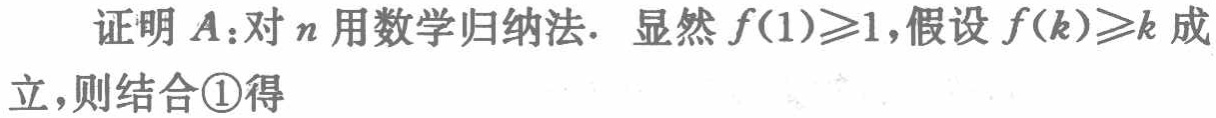
证明 \(A\)：对 \(n\) 用数学归纳法. 显然 \(f(1)\geqslant1\)，假设 \(f(k)\geqslant k\) 成立，则结合\textcircled{1}得